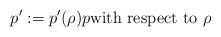
LaTeX: \begin{align*}{p}^{\prime}:={p}^{\prime}(\rho)p\text{with respect to }\rho\end{align*}